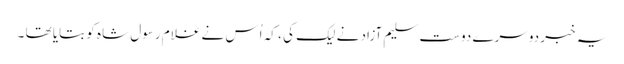
یہ خبر دوسرے دوست سلیم آزاد نے لیک کی ، کہ اُس نے غلام رسول شاہ کو بتایا تھا ۔